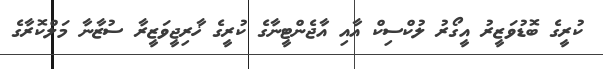
ކުރީގެ ބޮޑުވަޒީރު އީގޯރު ލުކްސިކް އާއި އާޖެންޓީނާގެ ކުރީގެ ޚާރިޖީވަޒީރާ ސުޒާނާ މަލްކޮރާގެ